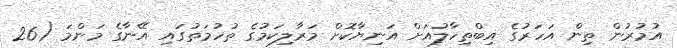
އުމުރުން ތިން އަހަރުގެ އިބްތިހާލުއަށް އަނިޔާކޮށް މަރާލިކަމުގެ ތުހުމަތުގައި އޭނާގެ މަންމަ (26